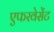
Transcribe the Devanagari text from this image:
एफरवेसेंट